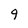
Character: 9